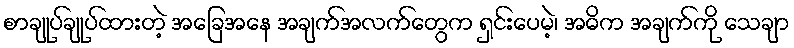
စာချုပ်ချုပ်ထားတဲ့ အခြေအနေ အချက်အလက်တွေက ရှင်းပေမဲ့၊ အဓိက အချက်ကို သေချာ